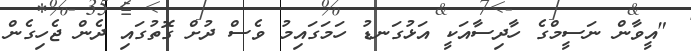
"އީވާން ނަސީމްގެ ހާދިސާއަކީ އަޅުގަނޑު ހަމަގައިމު ވެސް ދުށް ގޮތުގައި ދެން ޖެހިގެން